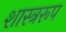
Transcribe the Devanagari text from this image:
शास्त्ररूप